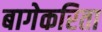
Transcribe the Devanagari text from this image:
बागेकरिता